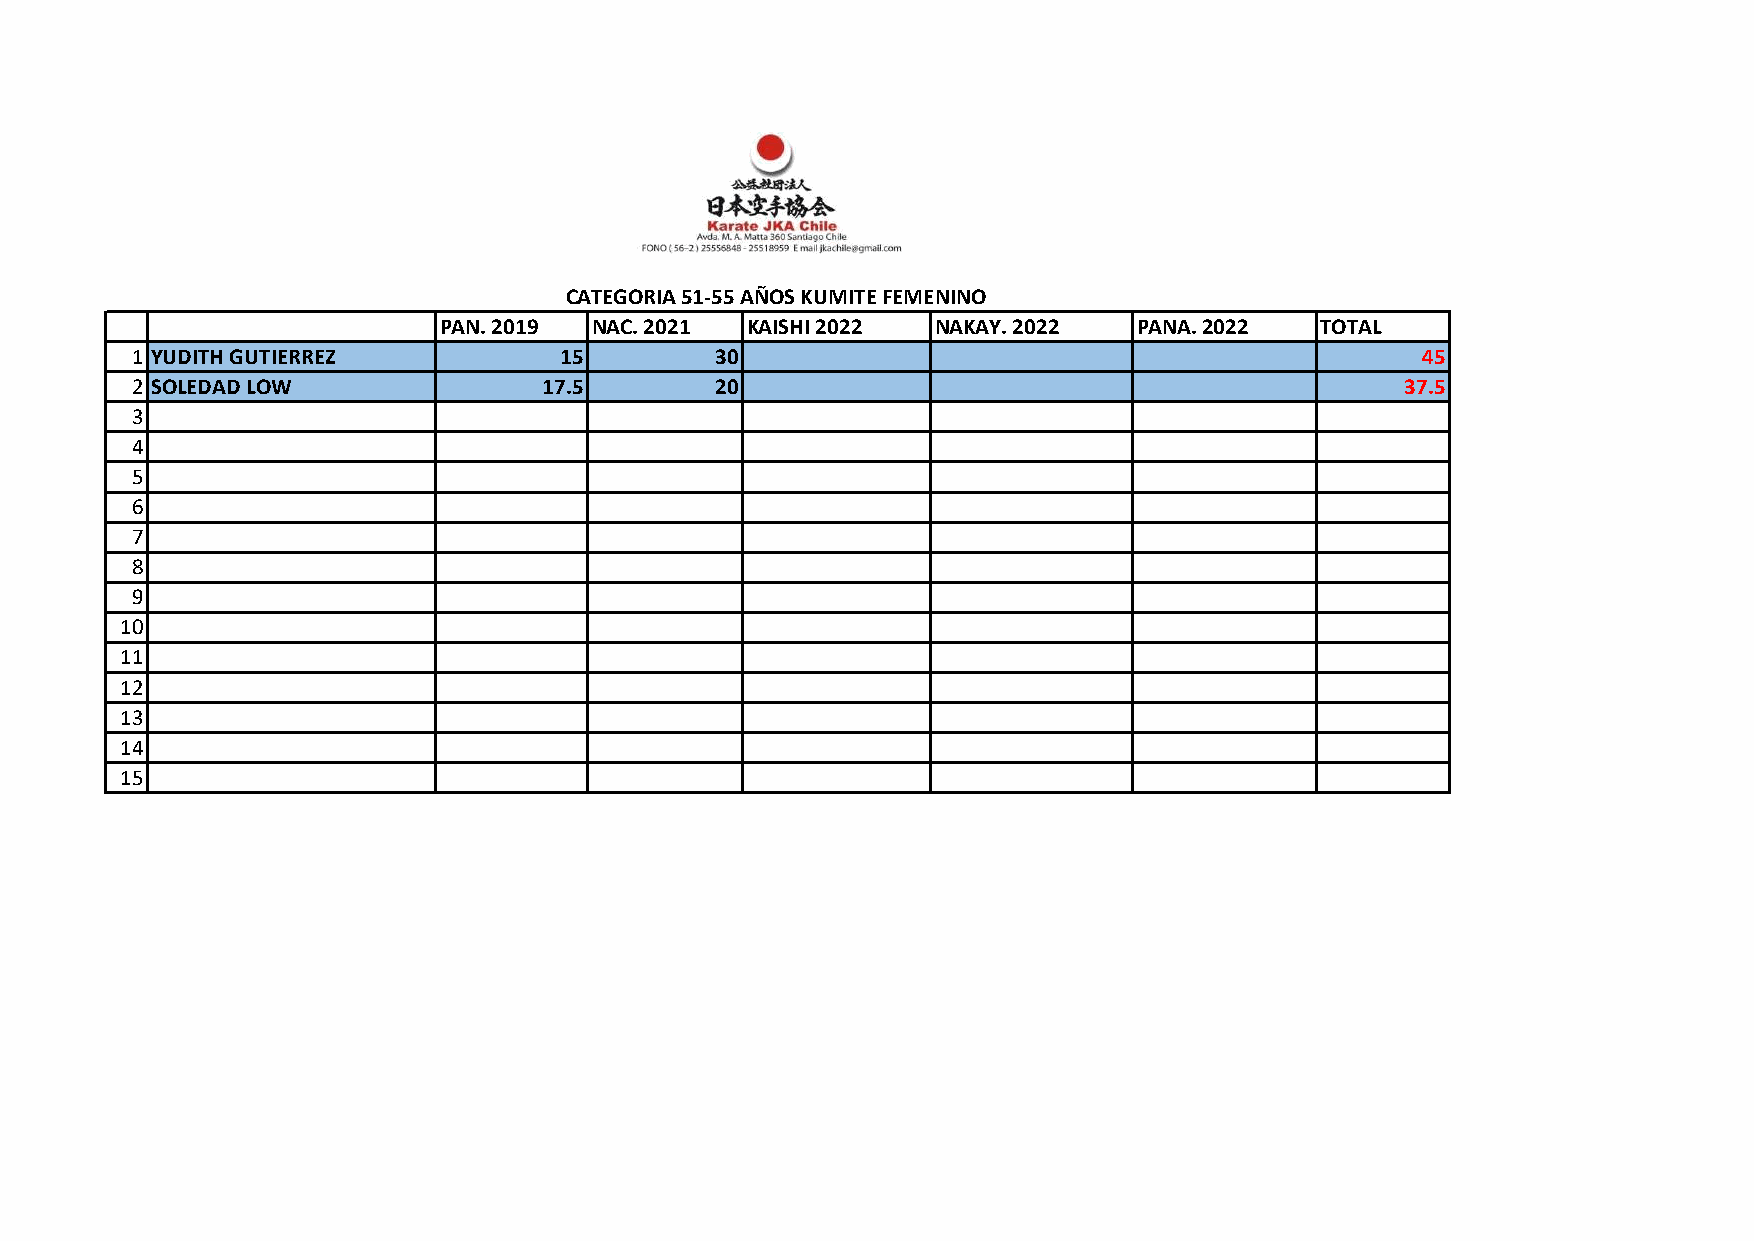
CATEGORIA 51-55 AÑOS KUMITE FEMENINO
 PAN. 2019 NAC. 2021 KAISHI 2022  NAKAY. 2022  PANA. 2022  TOTAL
 1 YUDITH GUTIERREZ          15        30                                             45
 2 SOLEDAD LOW              17.5       20                                            37.5
 3
 4
 5
 6
 7
 8
 9
 10
 11
 12
 13
 14
 15